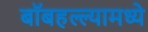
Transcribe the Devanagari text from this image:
बॉबहल्ल्यामध्ये